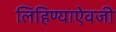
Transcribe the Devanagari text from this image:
लिहिण्याऐवजी